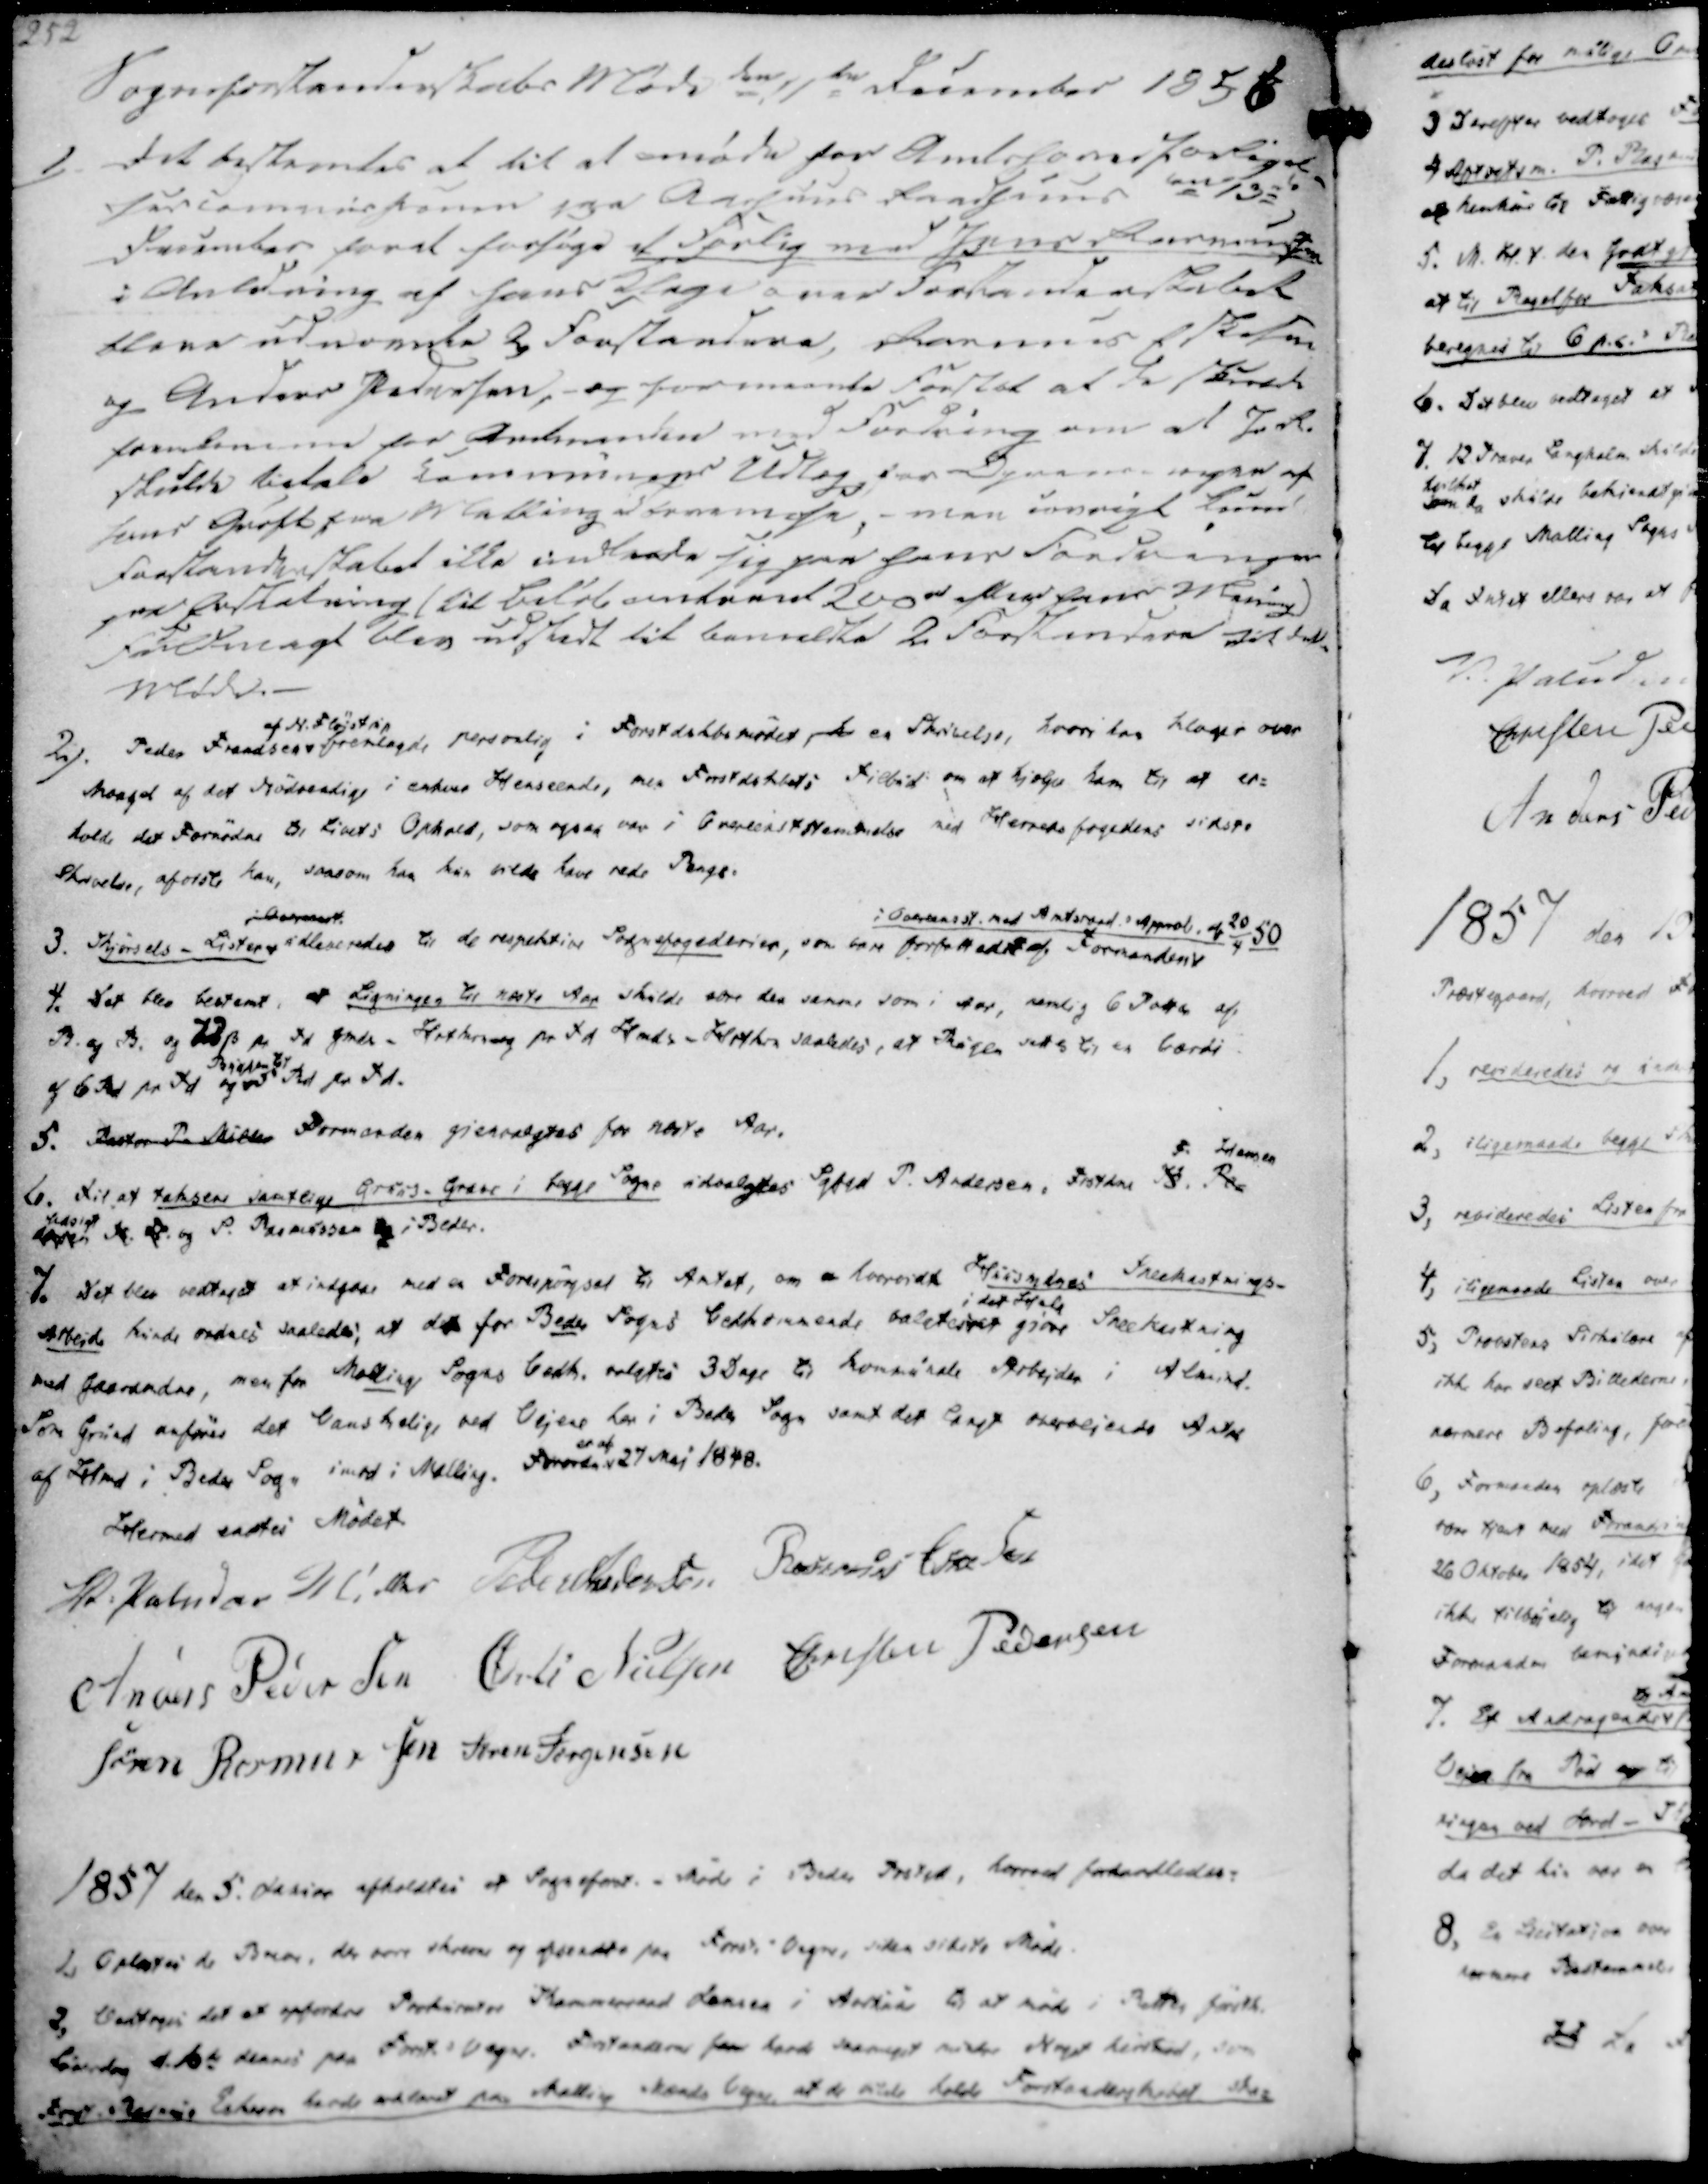
Transskription:
Sogneforstanderskabs Møde den 11te December 1856
1)
Det bestemtes at til at møde for Amtshomdforligel-
sescommissionen paa Aarhuus Raadhuus den 13de
December for at forsøge et forlig med Jens Rasmussen
i Anledning af hans Klage over Forstanderskabet
bleve udnævnte 2 Forstandere, Rasmus Eskesen
og Anders Pedersen,- og formeente fortsat at de skulde
forekomme for Amtmanden med Fordring om at J.R.
skulde betale Communens Udlæg, for Oprensningen af
hans Grøft fra Malling Tørvemose, - men iøvrigt kunne
Forstanderskabet ikke indleede sig paa hans Fordringer
paa Erstatning / til Beløb omtrent 200 rd efter hans Muring
Fuldmagt blev udstedt til bemeldte 2 Forstandere til dette
Møde.

2). Peder Frandsen
af N. Fløjstrup
fremlagde personlig i Forstdskbsmødet, h en Skrivelse, hvori han klager over
Noeget af det Nødvenlige i enhver Henseende, men Forstdskbets Tilbud om at hjælper ham til at er-
holde det Fornødne til Livets Ophold, som ogsaa var i Overeststemmelse med Herredsfogedens sidste
Skrivelse, aforste han, saasom han har vilde have rede Penge.

3. Kjørsels - Lister
i 
udleveredes til de respektive Sognefogederier, som være forfattedet af Formanden
i Overeensst. med Amtsraad.s Approb. af 20/4 50
4. Det blev bestemt, at Ligningen til næste Aar skulde være den samme som i Aar, nemlig 6 Potter af
R. og B. og 79 ẞ pr Td gmds - Hartkorn og pr Td Hmds Hartkorn saaledes, at Rugen sættes til en Værdi
af 6 Rd pr Td og
Byggen til
5 Rd pr Td.
5. Pastor P. Müller Formanden gjenvalgtes for næste Aar.
6. Til at taksere samtlige Gruus-Grave i begge Sogne udvalgtes Sgfgd P. Andersen, Frstder K. Pe-
dersen N. Fl.
F. Hansen
Udsigt
og P. Rasmussen og i Beder.

7. Det blev vedtaget at indgaae med en Forespørgsel til Amtet, om hvorvidt Huusmdnes Snekastnings-
Arbejde kunde ordnes saaledes, at det for Beder Sogns Vedkommende valgtes
i det Hele
at giøre Sneekastning
med Gaardmdre, men for Malling Sogns Vedk. valgtes 3 Dage til kommunale Arbejder i Almind.
Som Grund anføres det Vanskelige ved Vejene her i Beder Sogn samt det langt overvejende Antal
af Hmd i Beder Sogn imod i Malling. Forordn.
er af
27 Maj 1848.

Hermed endtes Mødet
V. Paludan Müller
Peder Andersen
Rasmus Eskesen
Anders Pedersen
Øvli Nielsen
Christen Pedersen
Søren Rasmussen
Søren Jørgensen

1857 den 5. Januar afholdtes et Sogneforst. - Møde i Beder Prstgd, hvorved forhandledes:

1. Oplæstes de Breve, der være skrevne og afsendte paa Forst. - Vegne, siden sidste Møde.
2, Vedtoges det at opfordre Prokurator Kammeraad Larsen i Aarhuus til at møde i Retten førstk.
Lørdag d. 10de dennes paa Forst.s Vegne. Forstanderne som havde saameget under Noget hirsbød, som
Frst. Rasmus Eskesen havde erklæret paa Malling Mænds Vegne, at de vilde holde Forstanderskabet ska-